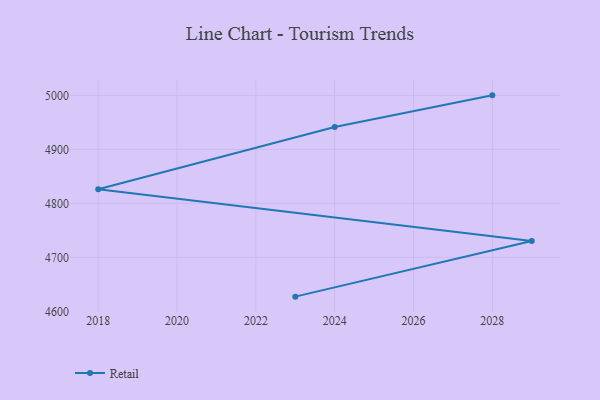
{"axis": {"x": "Year", "y": "Conversion Rate (%)"}, "legend": ["Retail"], "data": [{"x": "2023", "y": 4627.3, "type": "Retail"}, {"x": "2029", "y": 4730.4, "type": "Retail"}, {"x": "2018", "y": 4826.0, "type": "Retail"}, {"x": "2024", "y": 4941.5, "type": "Retail"}, {"x": "2028", "y": 5000, "type": "Retail"}]}